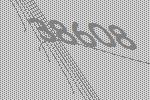
38608